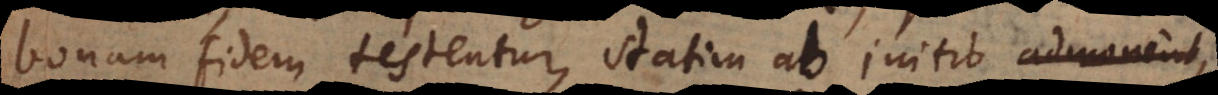
bonam fidem testentur, statim ab initio admonen